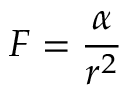
F = { \frac { \alpha } { r ^ { 2 } } }